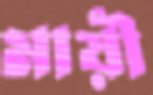
মায়ী